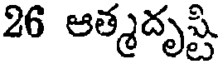
26 ఆత్మదృష్టి